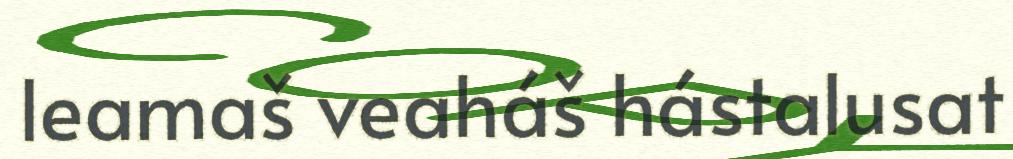
leamaš veaháš hástalusat